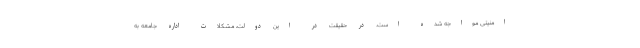
امنیتی مواجه شده است. در حقیقت در این دولت، مشکلات اداره جامعه به